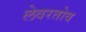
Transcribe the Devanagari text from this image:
लेवरतोव